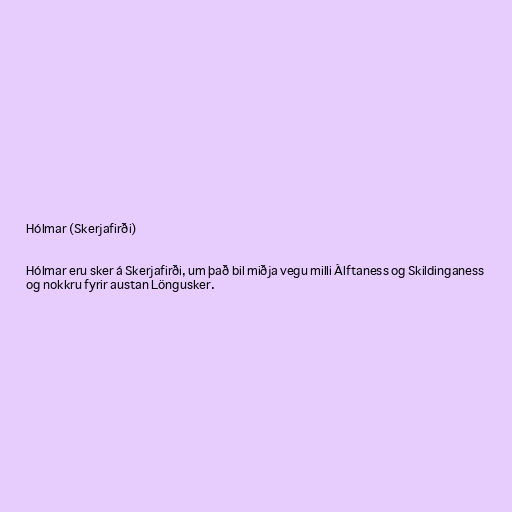
Hólmar (Skerjafirði)

Hólmar eru sker á Skerjafirði, um það bil miðja vegu milli Álftaness og Skildinganess
og nokkru fyrir austan Löngusker.